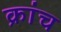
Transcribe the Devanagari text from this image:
क्रांच